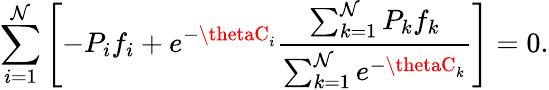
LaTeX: \sum_{i=1}^{\mathcal{N}}\left[-P_{i}f_{i}+e^{-\thetaC_{i}}\frac{{\sum_{k=1}^{\mathcal{N}}P_{k}f_{k}}}{{\sum_{k=1}^{\mathcal{N}}e^{-\thetaC_{k}}}}\right]=0.